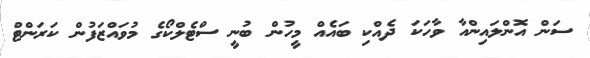
ސަން އޮންލައިންއާ ވާހަކަ ދެއްކި ބައެއް މީހުން ބުނީ ސްޓެލްކޯގެ މުވައްޒަފުން ކަރަންޓް